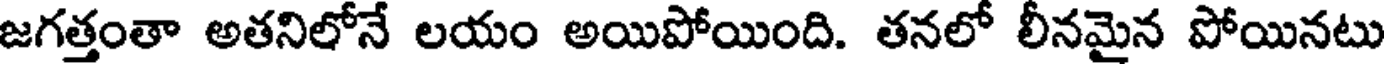
జగత్తంతా అతనిలోనే లయం అయిపోయింది. తనలో లీనమైన పోయినటు